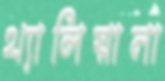
থ্যালিয়ানা